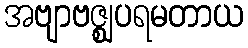
အဗျာဗဇ္ဈပရမတာယ